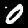
Digit: 0